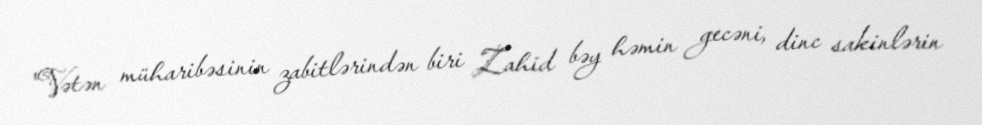
"Vətən müharibəsinin zabitlərindən biri Zahid bəy həmin gecəni, dinc sakinlərin